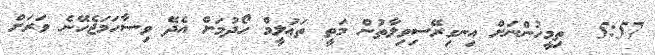
5:57  ތިމީހުންނަށް އިނގިރޭސިވިލާތުން މަތީ ތަޢުލީމް ހޯދުމަށް އެދޭ ވިސާހަމަޖެހޭނެ ވަރަށް